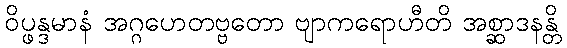
ဝိပ္ဖန္ဒမာနံ အဂ္ဂဟေတဗ္ဗတော ဗျာကရောဟီတိ အစ္ဆာဒနန္တိ